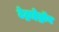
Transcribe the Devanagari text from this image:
टेट्राहेड्रॉन